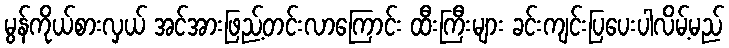
မွန်ကိုယ်စားလှယ် အင်အားဖြည့်တင်းလာကြောင်း ထီးကြီးများ ခင်းကျင်းပြပေးပါလိမ့်မည်